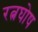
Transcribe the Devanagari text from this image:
रत्नघोष